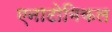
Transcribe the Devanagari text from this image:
एनाटोमिकल